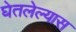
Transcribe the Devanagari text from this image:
घेतलेल्यास